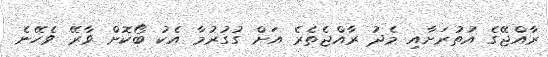
ރާއްޖޭގެ އުތުރަށާއި މެދު ރާއްޖެތެރެ އަށް ގުގުރުމާ އެކު ބޯކޮށް ވާރޭ ވެހޭނެ